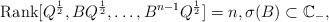
LaTeX: \begin{align*}\textrm{Rank}[Q^{\frac{1}{2}},BQ^{\frac{1}{2}},\dots, B^{n-1}Q^{\frac{1}{2}}]=n, \sigma(B) \subset \mathbb{C}_-,\end{align*}